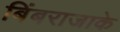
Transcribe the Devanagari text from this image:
बिंबराजाके